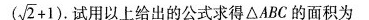
$$(\sqrt{2}+1)$$ 试用以上给出的公式求得△ABC的面积为